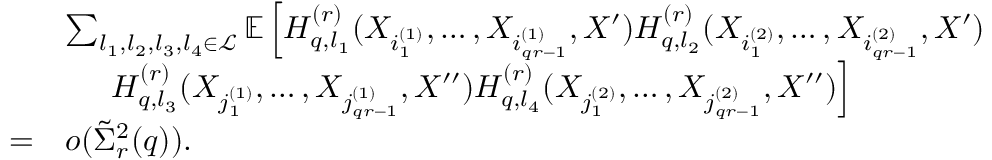
\begin{array} { r l } & { \sum _ { l _ { 1 } , l _ { 2 } , l _ { 3 } , l _ { 4 } \in \mathcal { L } } \mathbb { E } \left[ H _ { q , l _ { 1 } } ^ { ( r ) } ( X _ { i _ { 1 } ^ { ( 1 ) } } , \ldots , X _ { i _ { q r - 1 } ^ { ( 1 ) } } , X ^ { \prime } ) H _ { q , l _ { 2 } } ^ { ( r ) } ( X _ { i _ { 1 } ^ { ( 2 ) } } , \ldots , X _ { i _ { q r - 1 } ^ { ( 2 ) } } , X ^ { \prime } ) \right. } \\ & { ~ ~ ~ ~ \left. H _ { q , l _ { 3 } } ^ { ( r ) } ( X _ { j _ { 1 } ^ { ( 1 ) } } , \ldots , X _ { j _ { q r - 1 } ^ { ( 1 ) } } , X ^ { \prime \prime } ) H _ { q , l _ { 4 } } ^ { ( r ) } ( X _ { j _ { 1 } ^ { ( 2 ) } } , \ldots , X _ { j _ { q r - 1 } ^ { ( 2 ) } } , X ^ { \prime \prime } ) \right] } \\ { = } & { o ( \tilde { \Sigma } _ { r } ^ { 2 } ( q ) ) . } \end{array}